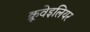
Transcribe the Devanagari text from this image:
क्रूवेइलियर